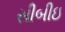
સીબીઇ